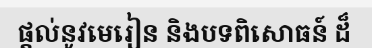
ផ្តល់នូវមេរៀន និងបទពិសោធន៍ ដ៏